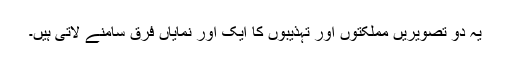
یہ دو تصویریں مملکتوں اور تہذیبوں کا ایک اور نمایاں فرق سامنے لاتی ہیں۔